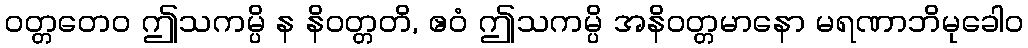
ဝတ္တတေဝ ဤသကမ္ပိ န နိဝတ္တတိ, ဧဝံ ဤသကမ္ပိ အနိဝတ္တမာနော မရဏာဘိမုခေါဝ